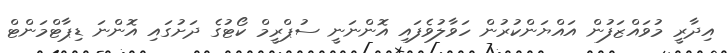
އިދާރީ މުވައްޒަފުން އައްޔަންކުރުން ހަވާލުވެފައި އޮންނަނީ ސުޕްރީމް ކޯޓުގެ ދަށުގައި އޮންނަ ޑިޕާޓްމަންޓް